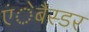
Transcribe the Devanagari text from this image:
एंेबैस्डर